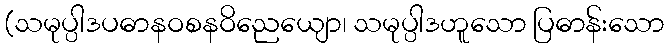
(သမုပ္ပါဒပဓာနဝစနဝိညေယျော၊ သမုပ္ပါဒဟူသော ပြဓာန်းသော